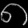
Digit: ၈